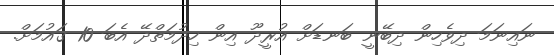
ނައިނަމަ ދިވެހިން ދިބޭނީ ބަނޑަށް އުރީދޫ އިން ހިދުމަތްދޭ އެބަ 10 ގައުމަށް.